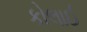
કોલાઈ